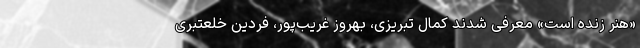
«هنر زنده است» معرفی شدند کمال تبریزی، بهروز غریب‌پور، فردین خلعتبری